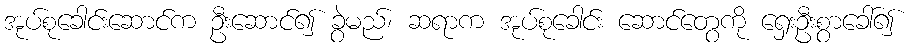
အုပ်စုခေါင်းဆောင်က ဦးဆောင်၍ ခွဲမည်၊ ဆရာက အုပ်စုခေါင်း ဆောင်တွေကို ရှေးဦးစွာခေါ်၍